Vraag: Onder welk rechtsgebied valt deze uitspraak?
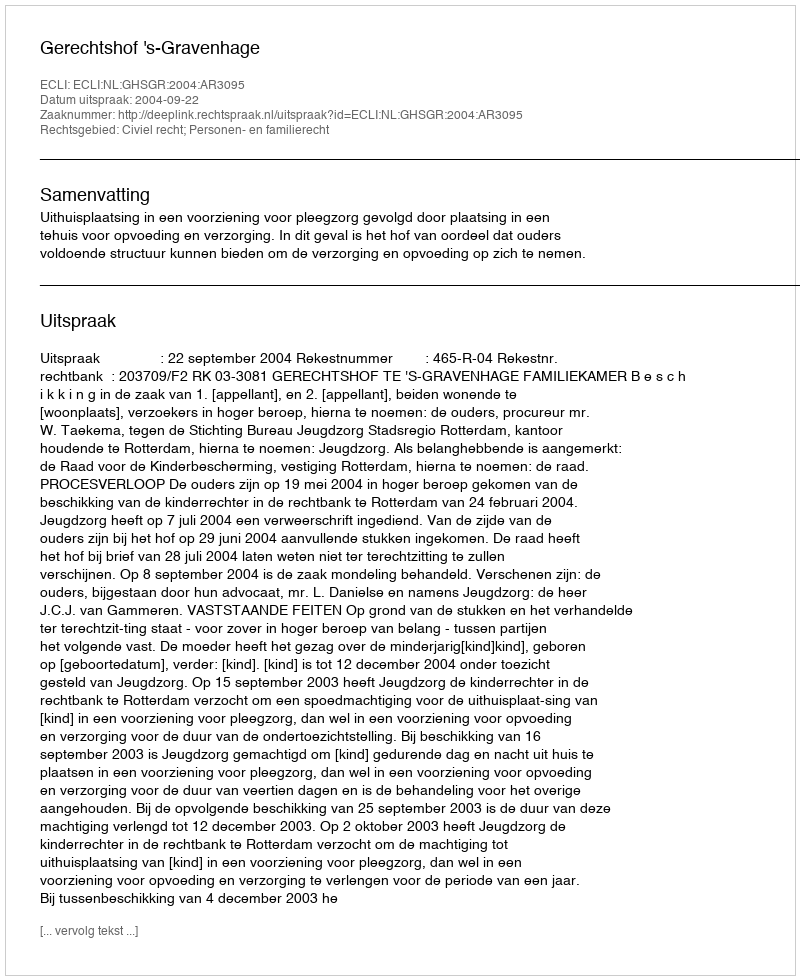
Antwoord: Civiel recht; Personen- en familierecht